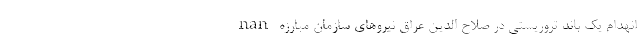
nan انهدام یک باند تروریستی در صلاح الدین عراق نیروهای سازمان مبارزه